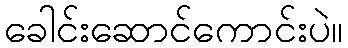
ခေါင်းဆောင်ကောင်းပဲ။